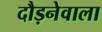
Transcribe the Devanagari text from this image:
दौड़नेवाला